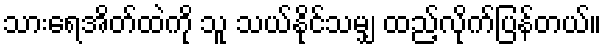
သားရေအိတ်ထဲကို သူ သယ်နိုင်သမျှ ထည့်လိုက်ပြန်တယ်။